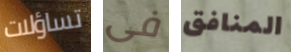
تساؤلات فى المنافق